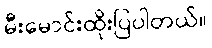
မီးမောင်းထိုးပြပါတယ်။